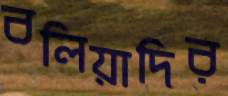
বলিয়াদির